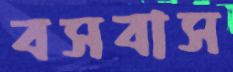
বসবাস